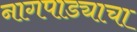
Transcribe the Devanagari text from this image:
नागपाड्याचा